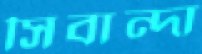
সিবান্দা